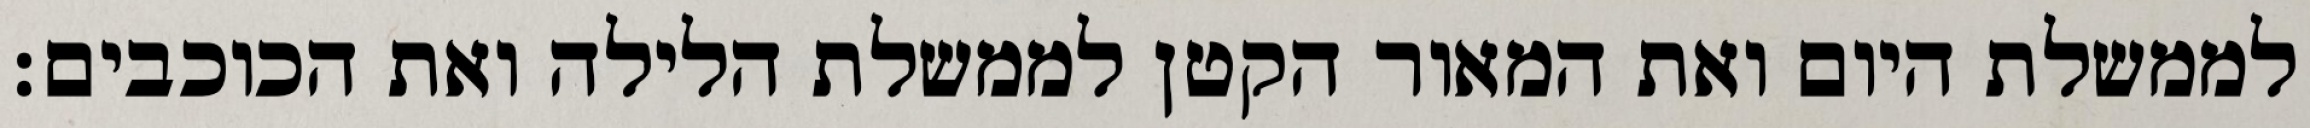
לממשלת היום ואת המאור הקטן לממשלת הלילה ואת הכוכבים׃